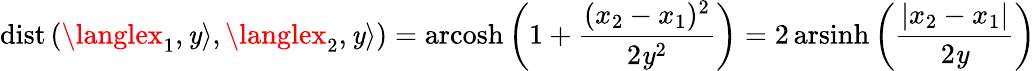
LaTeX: \operatorname{dist}\left(\langlex_{1},\mathit{y}\rangle,\langlex_{2},\mathit{y}\rangle\right)=\operatorname{arcosh}\left(1+{\frac{{(x_{2}-x_{1})^{2}}}{{2\mathit{y}^{2}}}}\right)=2\operatorname{arsinh}\left({\frac{{|x_{2}-x_{1}|}}{{2\mathit{y}}}}\right)